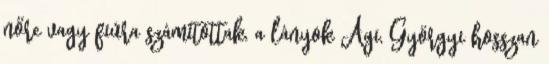
nőre vagy fiúra számítottak, a lányok Ági, Györgyi hosszan